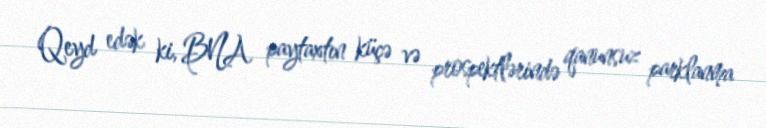
Qeyd edək ki, BNA paytaxtın küçə və prospektlərində qanunsuz parklanma